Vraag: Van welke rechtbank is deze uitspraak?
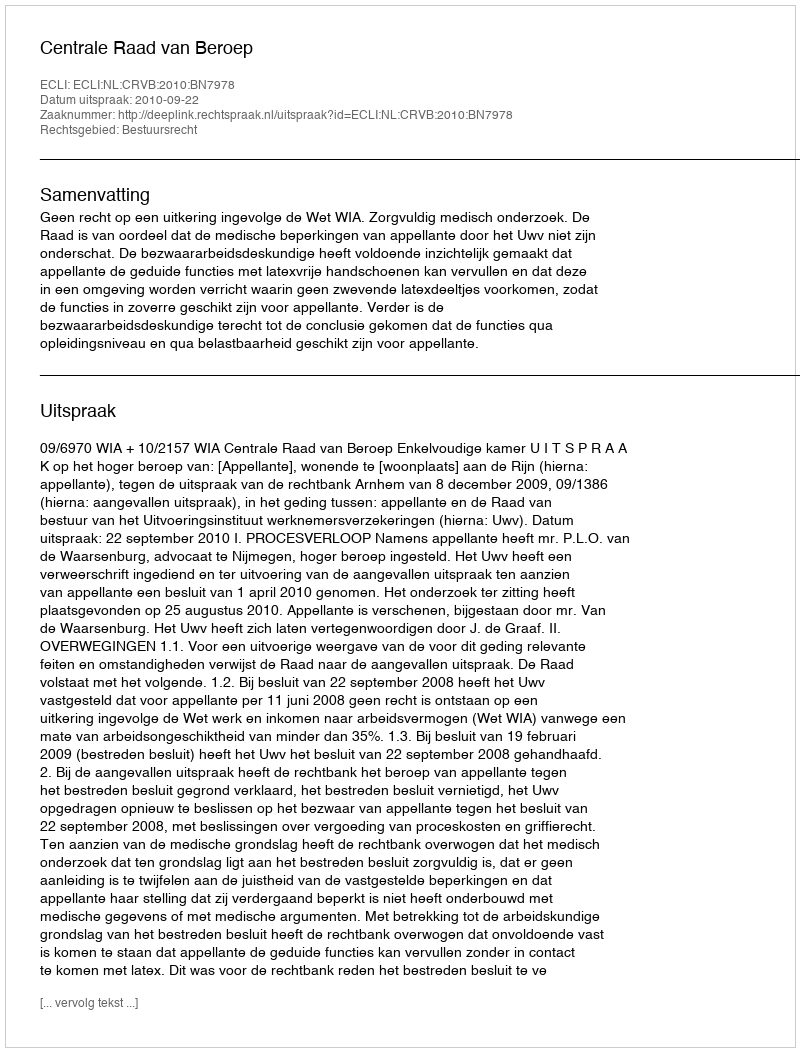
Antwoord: Centrale Raad van Beroep